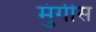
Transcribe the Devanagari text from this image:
मुंगीस